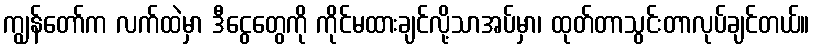
ကျွန်တော်က လက်ထဲမှာ ဒီငွေတွေကို ကိုင်မထားချင်လို့သာအပ်မှာ၊ ထုတ်တာသွင်းတာလုပ်ချင်တယ်။